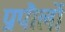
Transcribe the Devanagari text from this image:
प्रपौलों